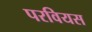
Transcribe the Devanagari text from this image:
परवियस